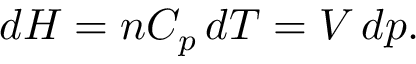
d H = n C _ { p } \, d T = V \, d p .